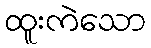
ထူးကဲသော